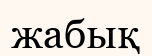
жабық